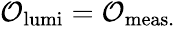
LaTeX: \begin{array}{rl}{\mathcal{O}_{\mathrm{lumi}}=\mathcal{O}_{\mathrm{meas.}}}\end{array}